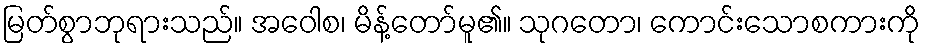
မြတ်စွာဘုရားသည်။ အဝေါစ၊ မိန့်တော်မူ၏။ သုဂတော၊ ကောင်းသောစကားကို